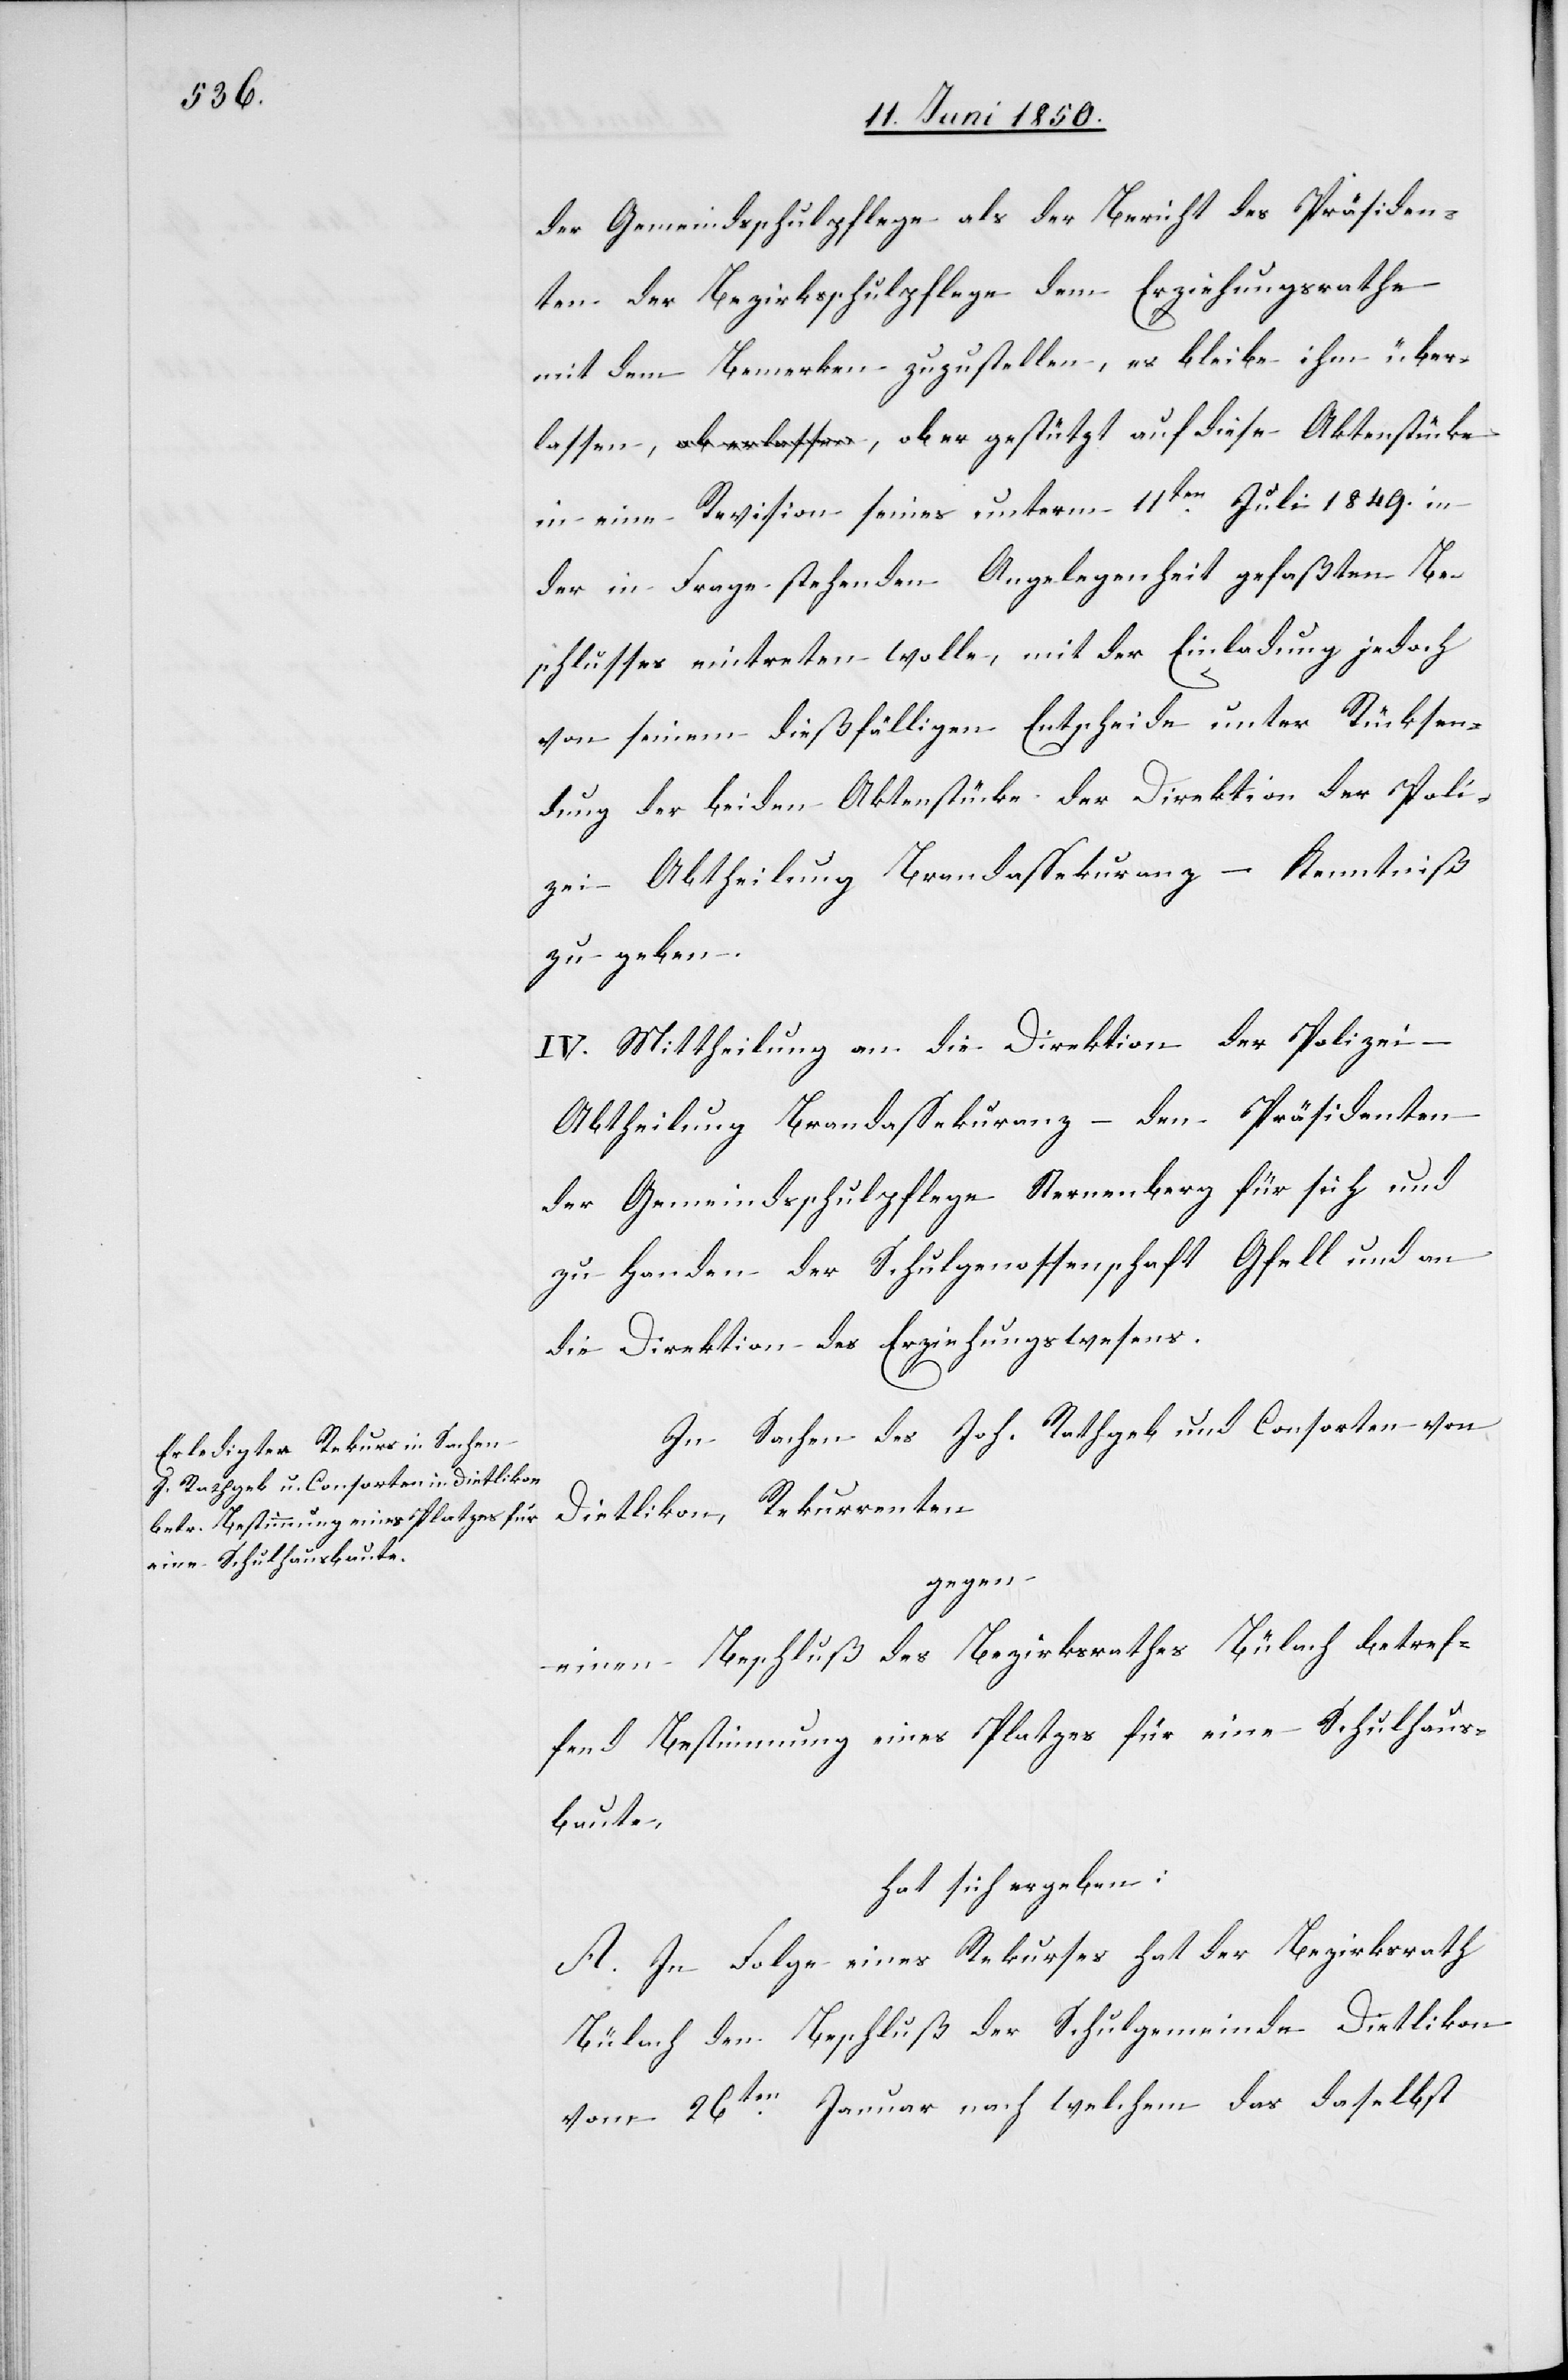
der Gemeindsschulpflege als der Bericht des Präsiden¬
ten der Bezirksschulpflege dem Erziehungsrathe
mit dem Bemerken zuzustellen, es bleibe ihm über¬
lassen,, [sic!] ob er gestützt auf diese Aktenstücke
in eine Revision seines unterm 11ten Juli 1849. in
der in Frage stehenden Angelegenheit gefaßten Be¬
schlusses eintreten wolle, mit der Einladung jedoch
von seinem dießfälligen Entscheide unter Rücksen¬
dung der beiden Aktenstücke der Direktion der Poli¬
zei – Abtheilung Brandassekuranz – Kenntniß
zu geben.
IV. Mittheilung an die Direktion der Polizei –
Abtheilung Brandassekuranz – den Präsidenten
der Gemeindsschulpflege Sternenberg für sich und
zu Handen der Schulgenossenschaft Gfell und an
die Direktion des Erziehungswesens.
In Sachen des Joh. Rathgeb und Consorten von
Dietlikon, Rekurrenten
gegen
einen Beschluß des Bezirksrathes Bülach betref¬
fend Bestimmung eines Platzes für eine Schulhaus¬
baute,
hat sich ergeben:
A. In Folge eines Rekurses hat der Bezirksrath
Bülach den Beschluß der Schulgemeinde Dietlikon
vom 26ten Januar nach welchem das daselbst